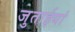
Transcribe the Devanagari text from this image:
जुताईयां